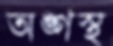
অঙ্গস্থ